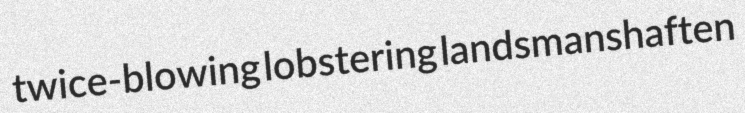
twice-blowing lobstering landsmanshaften